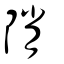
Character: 陗